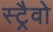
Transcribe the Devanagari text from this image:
स्ट्रैवो